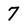
Character: 7